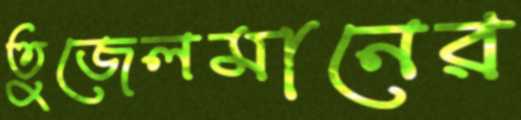
তুজেলমানের